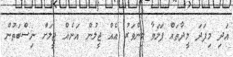
އަދި މިފަދަ މީދާތައް ފަލަވާ މިންވަރު އެއް ޖީލުން އަނެއް ޖީލަށް ނިސްބަތުން